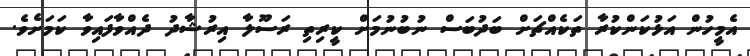
އެމީހުން އަޅުކަންކުރާ ތަކެއްޗަށް ބަދުބަސް ނުބުނުމަށް ކީރިތި ރަސޫލާ އިރުޝާދު ދެއްވާފައިވާ ކަމަށެވެ.